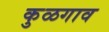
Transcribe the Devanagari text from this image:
कुळगाव